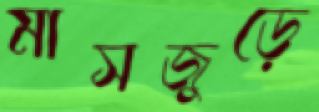
মাসজুড়ে